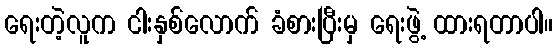
ရေးတဲ့လူက ငါးနှစ်လောက် ခံစားပြီးမှ ရေးဖွဲ့ ထားရတာပါ။